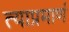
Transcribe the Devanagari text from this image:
त्याप्रमाणं